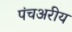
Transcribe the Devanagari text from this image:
पंचअरीय